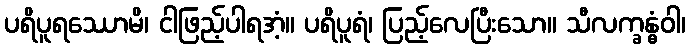
ပရိပူရဿောမိ၊ ငါဖြည့်ပါရအံ့။ ပရိပူရံ၊ ပြည့်လေပြီးသော။ သီလက္ခန္ဓံဝါ၊